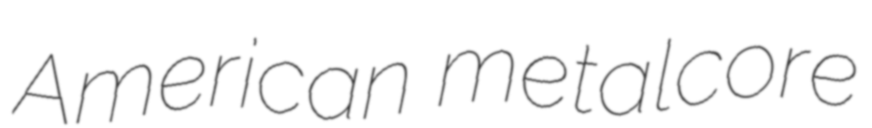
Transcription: American metalcore